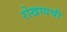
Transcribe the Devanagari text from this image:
रोखायची